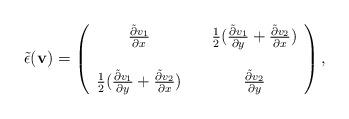
LaTeX: \begin{align*}\tilde{\epsilon}(\mathbf v)= \left(\begin{array}{cc}\frac{\tilde{\partial} v_1}{\partial x}&\quad\frac{1}{2}(\frac{\tilde{\partial} v_1}{\partial y}+\frac{\tilde{\partial} v_2}{\partial x})\\ \\\frac{1}{2}(\frac{\tilde{\partial} v_1}{\partial y}+\frac{\tilde{\partial} v_2}{\partial x})&\quad\frac{\tilde{\partial} v_2}{\partial y}\end{array}\right),\end{align*}